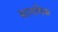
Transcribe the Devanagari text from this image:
सामयिक